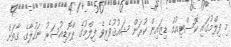
މި ފިލްމުގައި ކޮސްޓިއުމް ޑިޒައިން ކުރަން ޝައުޤުވެރިވެ ފިލްމުގެ ޕްރޮޑިއުސަރު ނަހުލާގެ ގާތަށް